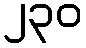
၂၃၀